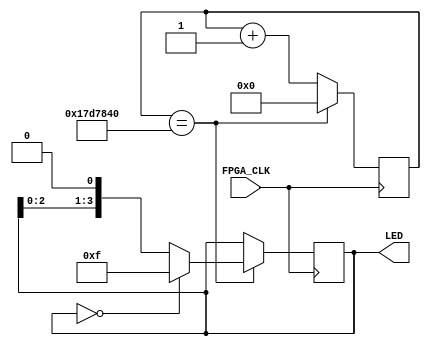
/*
** led_water.v
**
** 
*/

module led_water( input wire FPGA_CLK, output reg [3:0] LED );
		// Sinal do clock
		wire clk = FPGA_CLK;
		
		// Contador usado como variavel intermediaria
		reg [24:0] counter;
		
		// Bloco always executado nas brdas de subda do clock
		always @ ( posedge clk )
		begin
				// Incrementar 'counter'
				counter <= counter + 1;
				
				// Se o valor de counter for 25.000.000
				if( counter == 25'd25000000 ) begin
						LED <= LED<<1;
						// Zerar 'counter'
						counter <= 0;
						
						// Se os 4 LEDs estiverem acesos:
						if( LED == 4'b0000) begin
								LED <= 4'b1111; // Apagar os 4 LEDs
						end
				end	
		end
endmodule